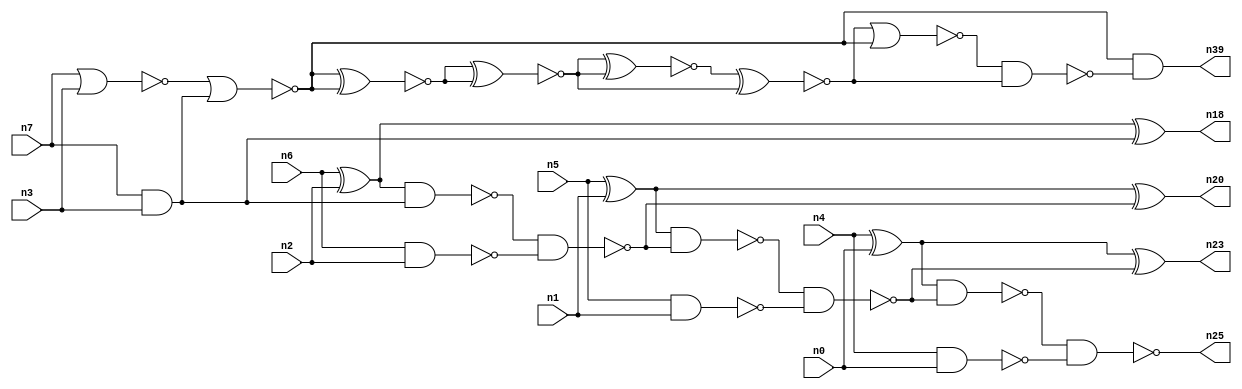
// This file contains a pareto-optimal circuit with respect to area and the fault-resilince parameter p_fault which is defined as:
// "For all input vectors, the ratio of the no. of faults observable at the POs to the no. of total possible faults in the circuit".
// This code is part of the ReCkt library (https://github.com/umar-afzaal/ReCkt) distributed under The MIT License.
// When used, please cite the following article(s):
// U. Afzaal, A.S. Hassan, M. Usman and J.A. Lee, "On the Evolutionary Synthesis of Increased Fault-resilience Arithmetic Circuits".

// p_fault = 68.2 %    (Lower is better)
// gates = 28.0
// levels = 9
// area = 39.28    (For MCNC library relative to nand2)
// power = 238.3 uW    (Berkely-SIS for MCNC library @ Vdd=5V and 20 MHz clock)
// delay = 16.0 ns    (Berkely-ABC for MCNC library)
// PDP = 3.8128e-12 J

// Pin mapping:
// {n0, n1, n2, n3} = A[3:0]
// {n4, n5, n6, n7} = B[3:0]
// {n25, n23, n20, n18, n39} = O[4:0]

module addr4u_area_35 (
n0, n1, n2, n3, n4, n5, n6, n7, 
n25, n23, n20, n18, n39
);

input n0, n1, n2, n3, n4, n5, n6, n7;
output n25, n23, n20, n18, n39;
wire n29, n38, n13, n30, n24, n9, n14, n16, n35, n22, n8, n15, n32, n10, n31, n26, n19, n21, n27, n11, 
n28, n12, n17;

xor (n8, n4, n0);
nand (n9, n4, n0);
nand (n10, n5, n1);
nand (n11, n6, n2);
nor (n12, n7, n3);
xor (n13, n6, n2);
and (n14, n7, n3);
xor (n15, n5, n1);
nor (n16, n12, n14);
nand (n17, n13, n14);
xor (n18, n13, n14);
nand (n19, n17, n11);
xor (n20, n15, n19);
nand (n21, n15, n19);
nand (n22, n21, n10);
xor (n23, n8, n22);
nand (n24, n8, n22);
nand (n25, n24, n9);
xnor (n26, n16, n16);
xnor (n27, n16, n16);
xnor (n28, n26, n27);
xnor (n29, n26, n27);
xnor (n30, n28, n28);
xnor (n31, n30, n29);
xnor (n32, n30, n29);
nor (n35, n31, n16);
nand (n38, n35, n32);
and (n39, n16, n38);

endmodule